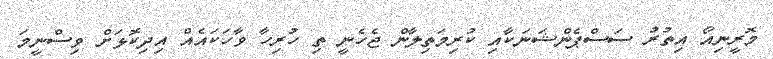
މޮރީނިއޯ އިތުރު ސަސްޕެންޝަނަކާއި ކުރިމަތިލާން ޖެހެނީ ތި ހުރިހާ ވާހަކައެއް އިދިކޮޅަށް ވިސްނީމަ